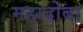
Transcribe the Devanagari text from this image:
महादोबा